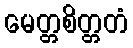
မေတ္တစိတ္တတံ